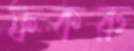
ফকরু